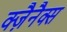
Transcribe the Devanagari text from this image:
क्ज़ैनैक्स